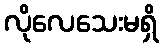
လိုလေသေးမရှိ